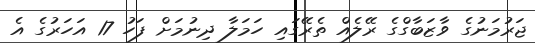
ޖަރުމަނުގެ ވާޒަބާގްގެ ރޭލެއް ތެރޭގައި ހަމަލާ ދިނުމަށް ފަހު 17 އަހަރުގެ އެ